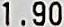
1.90